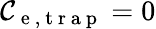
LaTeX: \mathcal{C}_{\mathrm{{~e~,~t~r~a~p~}}}=0